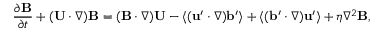
\frac { \partial { \bf { B } } } { \partial t } + ( { \bf { U } } \cdot \nabla ) { \bf { B } } = ( { \bf { B } } \cdot \nabla ) { \bf { U } } - \langle { ( { \bf { u } } ^ { \prime } \cdot \nabla ) { \bf { b } } ^ { \prime } } \rangle + \langle { ( { \bf { b } } ^ { \prime } \cdot \nabla ) { \bf { u } } ^ { \prime } } \rangle + \eta \nabla ^ { 2 } { \bf { B } } ,